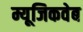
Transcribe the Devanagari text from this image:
म्यूजिकवेब